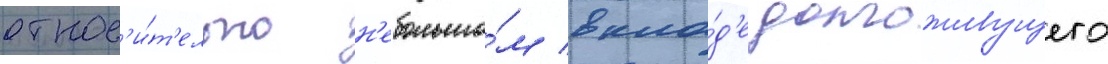
относ'и́т'ельно н'ебольшо́м вкла́д'е долгоживущего